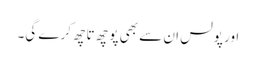
اور پولس ان سے بھی پوچھ تاچھ کرے گی۔